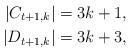
LaTeX: \begin{align*}|C_{t+1,k}| & = 3 k + 1,\\|D_{t+1,k}| & = 3 k + 3,\\ \end{align*}